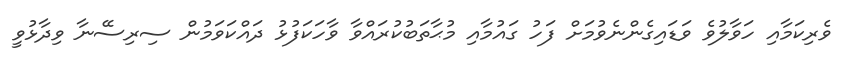
ވެރިކަމާއި ހަވާލުވެ ވަޑައިގެންނެވުމަށް ފަހު ގައުމާއި މުޙާތަބުކުރައްވާ ވާހަކަފުޅު ދައްކަވަމުން ސިރިސޭނާ ވިދާޅުވީ